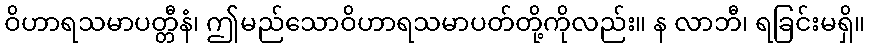
ဝိဟာရသမာပတ္တီနံ၊ ဤမည်သောဝိဟာရသမာပတ်တို့ကိုလည်း။ န လာဘီ၊ ရခြင်းမရှိ။